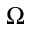
\Omega